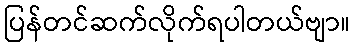
ပြန်တင်ဆက်လိုက်ရပါတယ်ဗျာ။